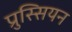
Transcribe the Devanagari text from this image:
प्रुस्सियन